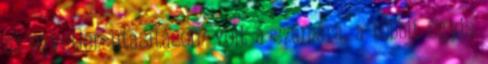
az egyetlen utasításom volt a számára, a többit úgyis